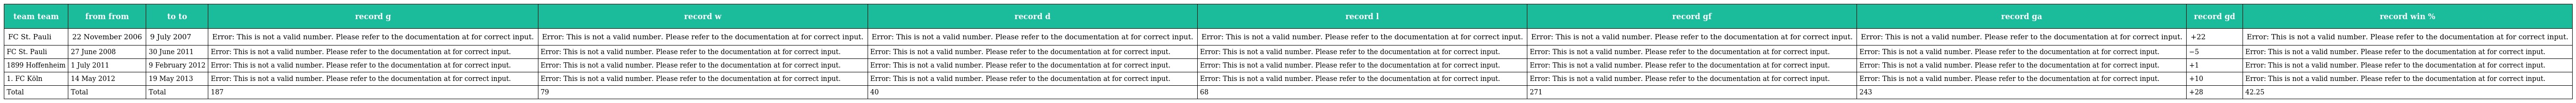
| team team | from from | to to | record g | record w | record d | record l | record gf | record ga | record gd | record win % |
 | --- | --- | --- | --- | --- | --- | --- | --- | --- | --- | --- |
 | FC St. Pauli | 22 November 2006 | 9 July 2007 | Error: This is not a valid number. Please refer to the documentation at for correct input. | Error: This is not a valid number. Please refer to the documentation at for correct input. | Error: This is not a valid number. Please refer to the documentation at for correct input. | Error: This is not a valid number. Please refer to the documentation at for correct input. | Error: This is not a valid number. Please refer to the documentation at for correct input. | Error: This is not a valid number. Please refer to the documentation at for correct input. | +22 | Error: This is not a valid number. Please refer to the documentation at for correct input. |
 | FC St. Pauli | 27 June 2008 | 30 June 2011 | Error: This is not a valid number. Please refer to the documentation at for correct input. | Error: This is not a valid number. Please refer to the documentation at for correct input. | Error: This is not a valid number. Please refer to the documentation at for correct input. | Error: This is not a valid number. Please refer to the documentation at for correct input. | Error: This is not a valid number. Please refer to the documentation at for correct input. | Error: This is not a valid number. Please refer to the documentation at for correct input. | −5 | Error: This is not a valid number. Please refer to the documentation at for correct input. |
 | 1899 Hoffenheim | 1 July 2011 | 9 February 2012 | Error: This is not a valid number. Please refer to the documentation at for correct input. | Error: This is not a valid number. Please refer to the documentation at for correct input. | Error: This is not a valid number. Please refer to the documentation at for correct input. | Error: This is not a valid number. Please refer to the documentation at for correct input. | Error: This is not a valid number. Please refer to the documentation at for correct input. | Error: This is not a valid number. Please refer to the documentation at for correct input. | +1 | Error: This is not a valid number. Please refer to the documentation at for correct input. |
 | 1. FC Köln | 14 May 2012 | 19 May 2013 | Error: This is not a valid number. Please refer to the documentation at for correct input. | Error: This is not a valid number. Please refer to the documentation at for correct input. | Error: This is not a valid number. Please refer to the documentation at for correct input. | Error: This is not a valid number. Please refer to the documentation at for correct input. | Error: This is not a valid number. Please refer to the documentation at for correct input. | Error: This is not a valid number. Please refer to the documentation at for correct input. | +10 | Error: This is not a valid number. Please refer to the documentation at for correct input. |
 | Total | Total | Total | 187 | 79 | 40 | 68 | 271 | 243 | +28 | 42.25 |